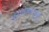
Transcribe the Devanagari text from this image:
मुख्यालयजमुई